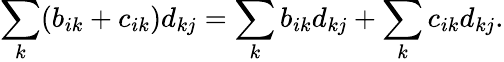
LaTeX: \sum_{k}(b_{ik}+c_{ik})d_{kj}=\sum_{k}b_{ik}d_{kj}+\sum_{k}c_{ik}d_{kj}.